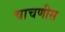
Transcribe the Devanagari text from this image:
चाचणीस